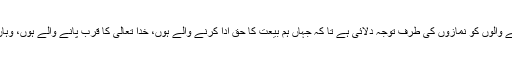
حضرت مسیح موعود علیہ الصلوۃ والسلام نے بار بار مختلف رنگ میں اپنے ماننے والوں کو نمازوں کی طرف توجہ دلائی ہے تا کہ جہاں ہم بیعت کا حق ادا کرنے والے ہوں، خدا تعالیٰ کا قرب پانے والے ہوں، وہاں اللہ تعالیٰ کے رحم سے حصہ لے کر اپنی دنیا و آخرت سنوارنے والے بھی ہوں۔